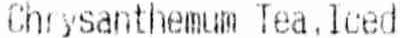
CHRYSANTHEMUM TEA,ICED